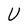
Character: U